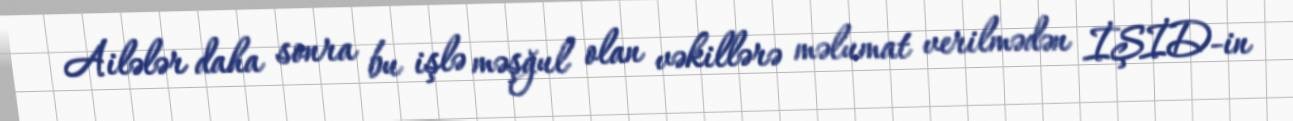
Ailələr daha sonra bu işlə məşğul olan vəkillərə məlumat verilmədən İŞİD-in